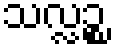
သလ္လဉ္စ